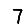
Digit: 7